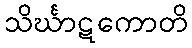
သိင်္ဃာဋကောတိ